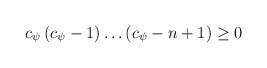
\begin{align*}c_{\psi}\left(c_{\psi}-1\right)\dots\left(c_{\psi}-n+1\right)\geq 0\end{align*}